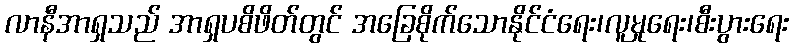
လာနီအာရှသည် အာရှပစိဖိတ်တွင် အခြေစိုက်သောနိုင်ငံရေး၊လူမှုရေး၊စီးပွားရေး